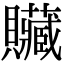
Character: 贜